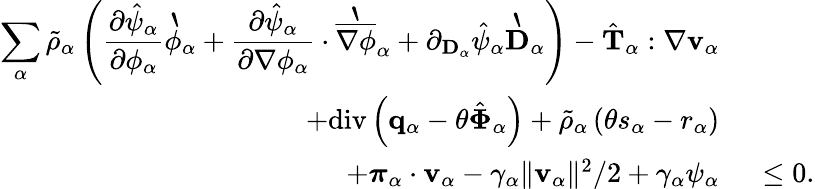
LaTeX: \begin{array}{rl}{\displaystyle\sum_{\alpha}\tilde{\rho}_{\alpha}\left(\frac{\partial\hat{\psi}_{\alpha}}{\partial\phi_{\alpha}}\grave{\phi}_{\alpha}+\frac{\partial\hat{\psi}_{\alpha}}{\partial\nabla\phi_{\alpha}}\cdot\grave{\overline{{\nabla\phi}}}_{\alpha}+\partial_{\mathbf{D}_{\alpha}}\hat{\psi}_{\alpha}\grave{\mathbf{D}}_{\alpha}\right)-\hat{\mathbf{T}}_{\alpha}:\nabla\mathbf{v}_{\alpha}}&{}\\ {+\mathrm{div}\left(\mathbf{q}_{\alpha}-\theta\hat{\boldsymbol{\Phi}}_{\alpha}\right)+\tilde{\rho}_{\alpha}\left(\theta s_{\alpha}-r_{\alpha}\right)}&{}\\ {+\boldsymbol{\pi}_{\alpha}\cdot\mathbf{v}_{\alpha}-\gamma_{\alpha}\| \mathbf{v}_{\alpha}\| ^{2}/2+\gamma_{\alpha}\psi_{\alpha}}&{~\leq 0.}\end{array}